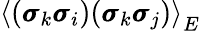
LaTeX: \left\langle(\pmb{\sigma}_{k}\pmb{\sigma}_{i})(\pmb{\sigma}_{k}\pmb{\sigma}_{j})\right\rangle_{E}